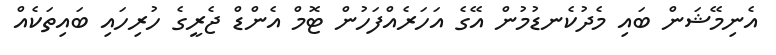
އެނިމޭޝަން ބައި މެދުކެނޑުމުން އޭގެ އަހަރެއްފަހުން ޓޮމް އެންޑް ޖެރީގެ ހުރިހައި ބައިތަކެއް